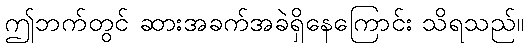
ဤဘက်တွင် ဆားအခက်အခဲရှိနေကြောင်း သိရသည်။